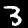
Digit: 3